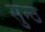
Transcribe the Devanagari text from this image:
सुन्ठ